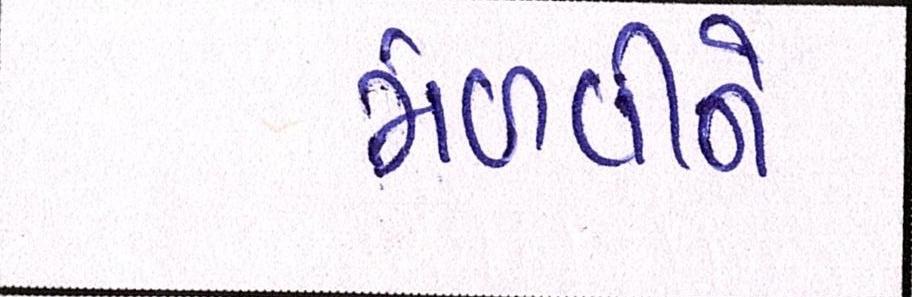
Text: મેળવીને